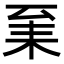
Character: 𦓩